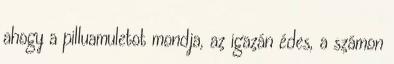
ahogy a pilluamuletot mondja, az igazán édes, a számon